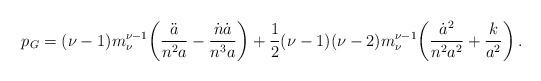
LaTeX: \begin{align*}p_G=(\nu-1)m_{\nu}^{\nu-1}\!\left(\frac{\ddot{a}}{n^2a}-\frac{\dot{n}\dot{a}}{n^3a}\right)+\frac{1}{2}(\nu-1)(\nu-2)m_{\nu}^{\nu-1}\!\left(\frac{\dot{a}^2}{n^2a^2}+\frac{k}{a^2}\right).\end{align*}